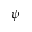
\psi